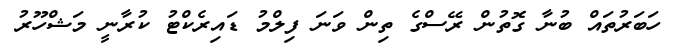
ހަބަރުތައް ބުނާ ގޮތުން ރޭސްގެ ތިން ވަނަ ފިލްމު ޑައިރެކްޓު ކުރާނީ މަޝްހޫރު